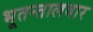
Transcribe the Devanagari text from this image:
भूतन्तालवार